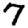
Digit: 7